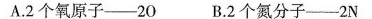
A.2个氧原子——2O B.2个氮分子——2N